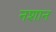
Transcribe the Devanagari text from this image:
नशान